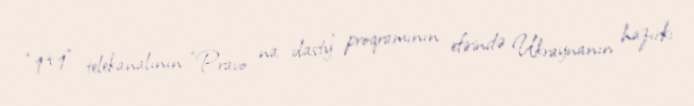
“1+1” telekanalının “Pravo na vlasty” proqramının efirində Ukraynanın hazırkı